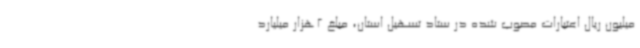
میلیون ریال اعتبارات مصوب شده در ستاد تسهیل استان، مبلغ 2هزار میلیارد